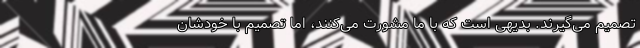
تصمیم می‌گیرند. بدیهی است که با ما مشورت می‌کنند، اما تصمیم با خودشان